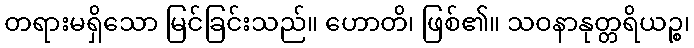
တရားမရှိသော မြင်ခြင်းသည်။ ဟောတိ၊ ဖြစ်၏။ သဝနာနုတ္တရိယဉ္စ၊